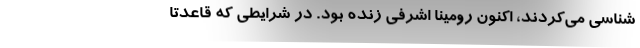
‌شناسی می‌کردند، اکنون رومینا اشرفی زنده بود. در شرایطی که قاعدتا